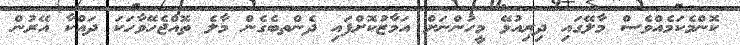
ކޮންމެކަމެއްވެސް މާލޭގައި ދިރިއުޅޭ މީހުންނަށް އަމާޒުކޮށްފައި ދެންތބެގެން މާލެ ތޮއްޖެހޭވާހަކަ ދައްކާ އޭރުން